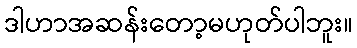
ဒါဟာအဆန်းတော့မဟုတ်ပါဘူး။